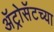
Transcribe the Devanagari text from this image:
ॲट्रोसॅटच्या